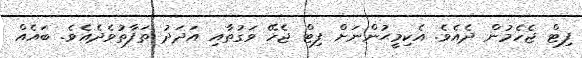
ފިޓް ޖެހެމުން ދެއެވެ. އެކިމީޙުންނަށް ފިޓް ޖެހޭ ވަގުތާއި އަދަދު ތަފާތުވެދެއެވެ. ބައެއް